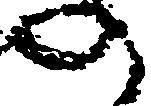
の